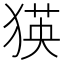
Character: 𤠉